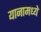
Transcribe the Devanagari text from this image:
यानामध्ये